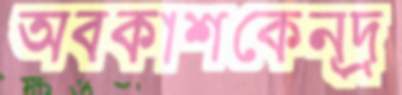
অবকাশকেন্দ্র